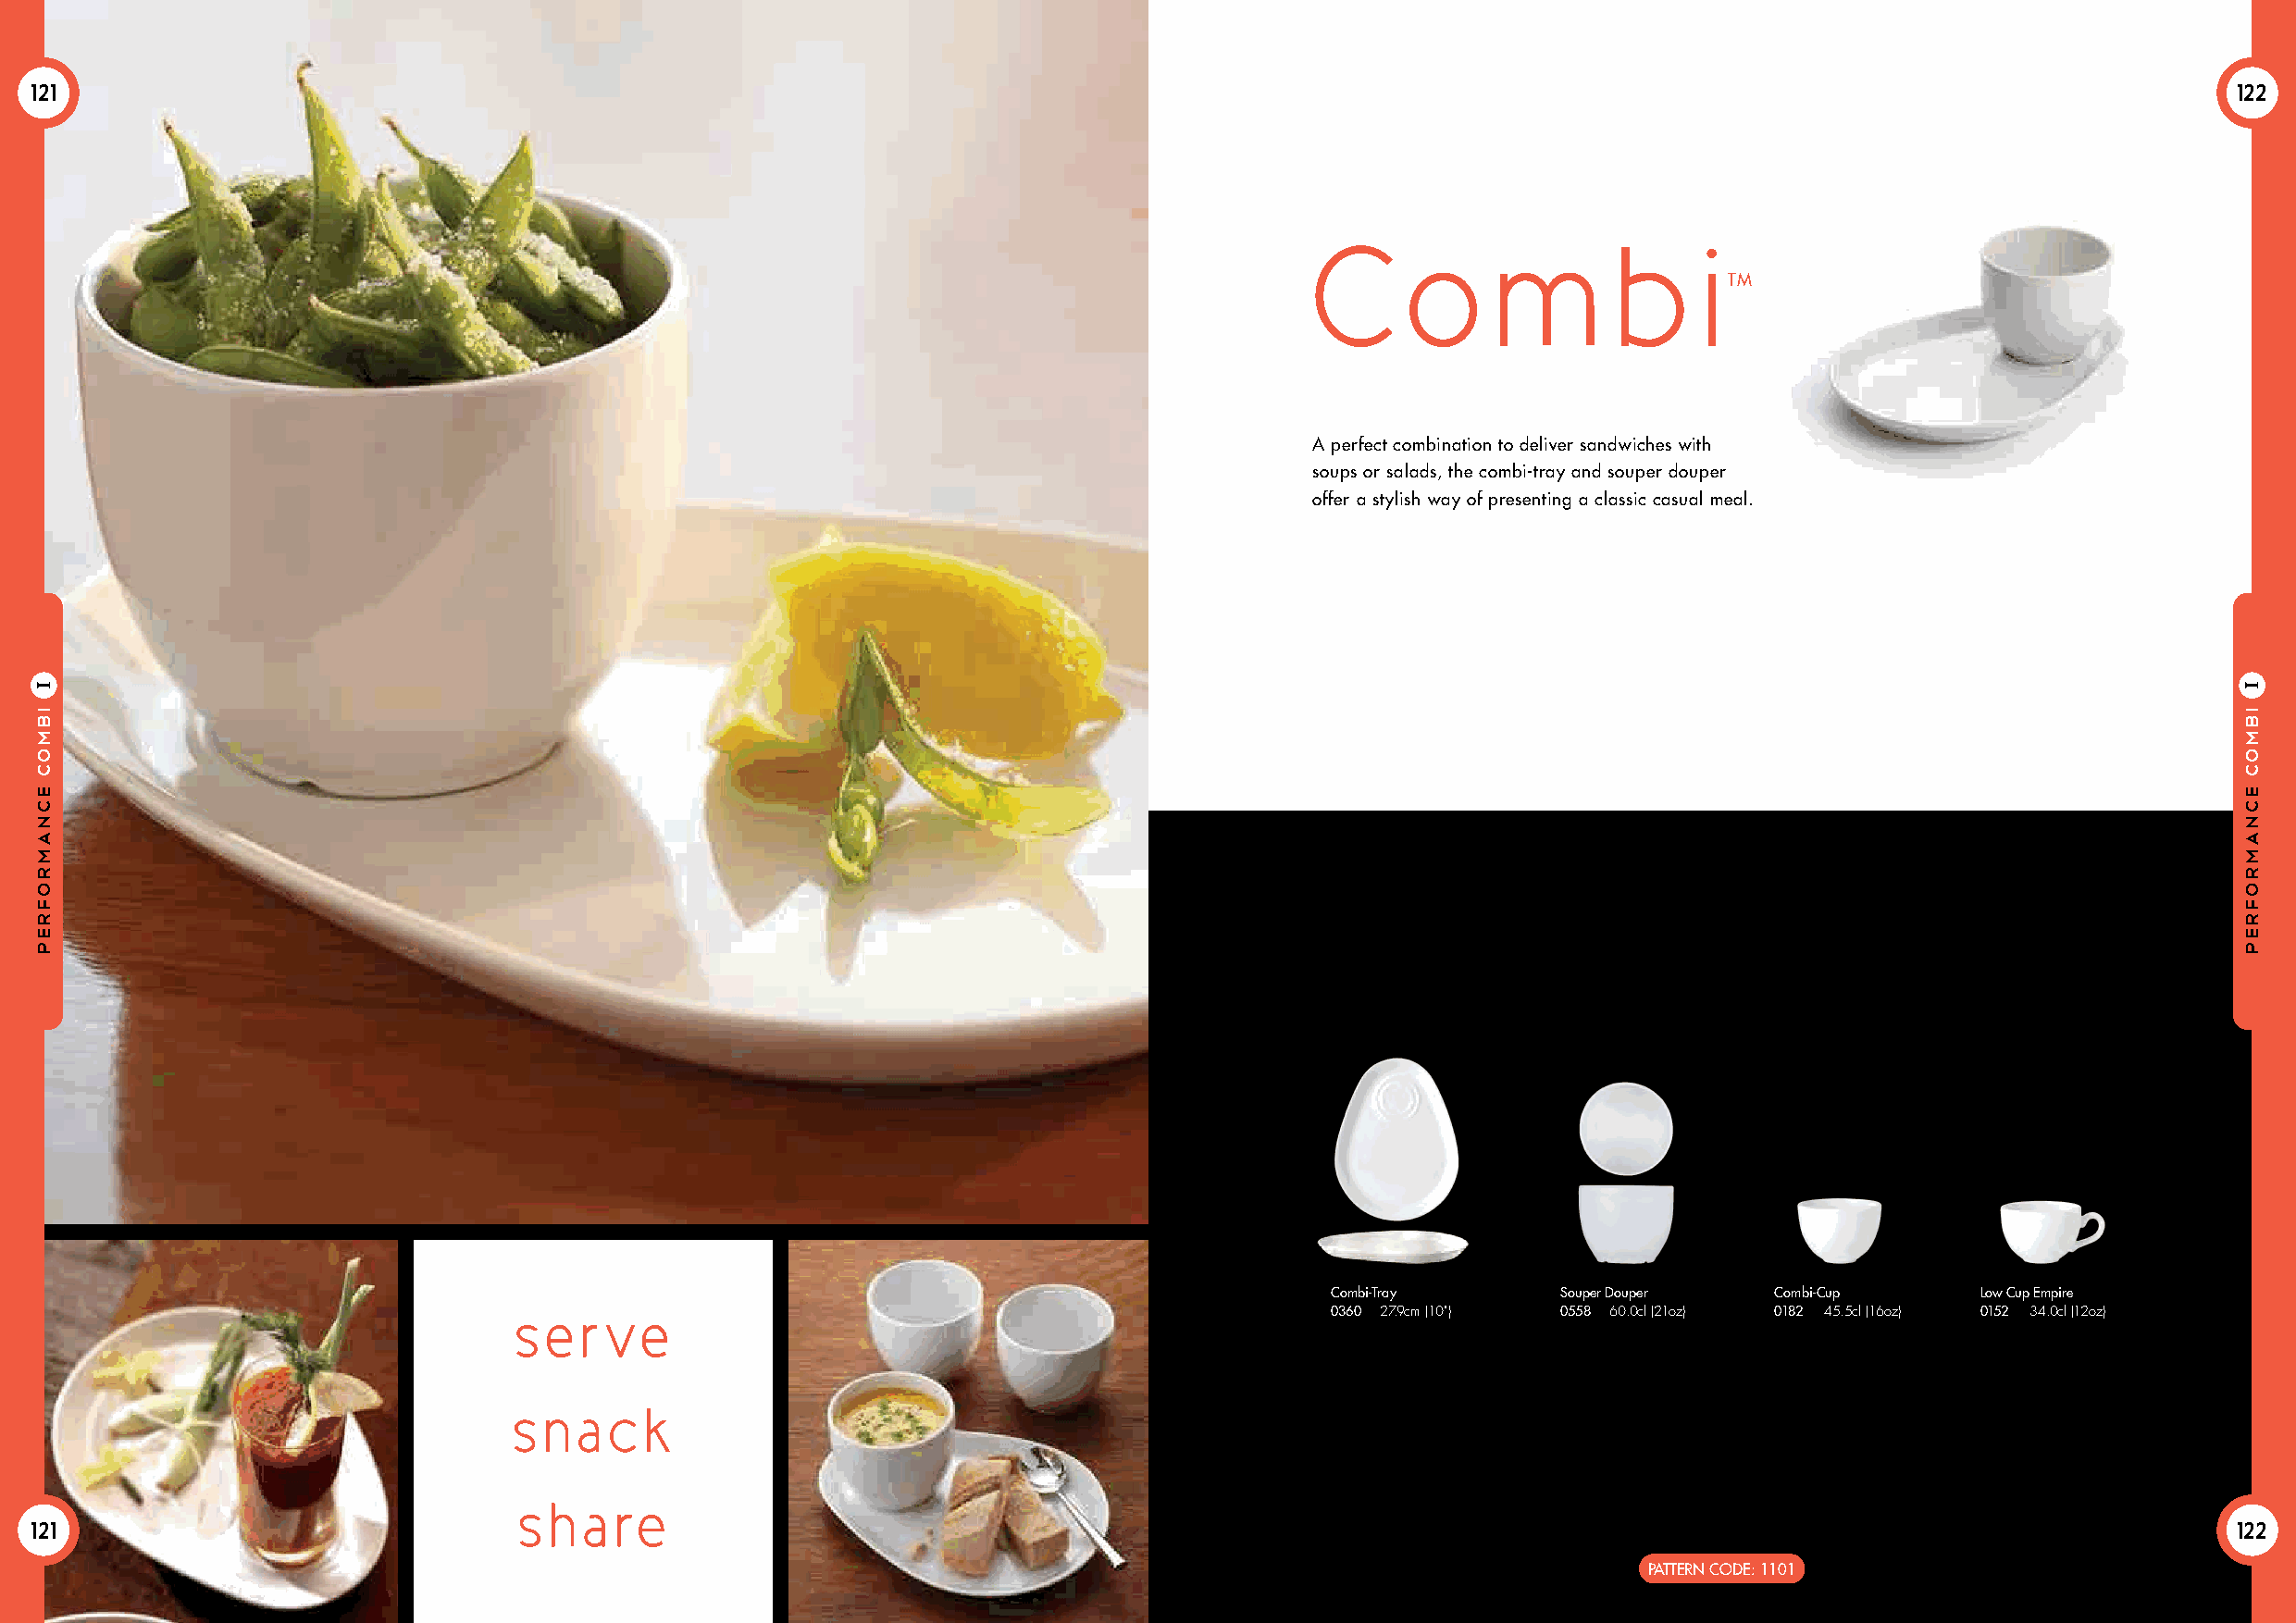
121                                                                                                                                                           122
 C      o     m       b      i
 TM
 A perfect combination to deliver sandwiches with
 soups or salads, the combi-tray and souper douper
 offer a stylish way of presenting a classic casual meal.
 Combi-Tray       Souper Douper  Combi-Cup      Low Cup Empire
 se   r ve                                                 0360 27.9cm (10") 0558 60.0cl (21oz) 0182 45.5cl (16oz) 0152 34.0cl (12oz)
 sna    ck
 sha    re
 121                                                                                                                                                           122
 PATTERN CODE: 1101
 ibmoc
 ecnamrofrep
 I
 ibmoc
 ecnamrofrep
 I